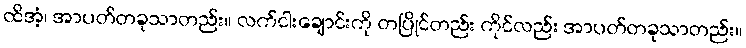
ထိအံ့၊ အာပတ်တခုသာတည်း။ လက်ငါးချောင်းကို တပြိုင်တည်း ကိုင်လည်း အာပတ်တခုသာတည်း။